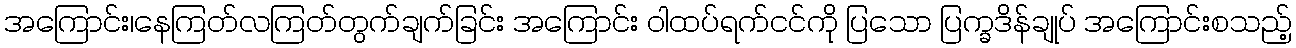
အကြောင်း၊နေကြတ်လကြတ်တွက်ချက်ခြင်း အကြောင်း ဝါထပ်ရက်ငင်ကို ပြသော ပြက္ခဒိန်ချုပ် အကြောင်းစသည့်